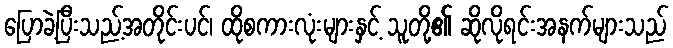
ပြောခဲ့ပြီးသည့်အတိုင်းပင်၊ ထိုစကားလုံးများနှင့် သူတို့၏ ဆိုလိုရင်းအနက်များသည်